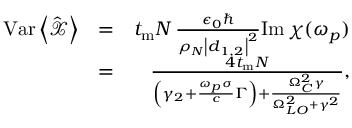
\begin{array} { r l r } { \mathrm { V a r } \left< \hat { \mathcal X } \right> } & { = } & { t _ { \mathrm { m } } N \, \frac { \epsilon _ { 0 } \hbar } { \rho _ { N } \left| \boldsymbol d _ { 1 , 2 } \right| ^ { 2 } } \mathrm { I m } \, \chi ( \omega _ { p } ) } \\ & { = } & { \frac { 4 t _ { \mathrm { m } } N } { \left( \gamma _ { 2 } + \frac { \omega _ { p } \sigma } { c } \Gamma \right) + \frac { \Omega _ { C } ^ { 2 } \gamma } { \Omega _ { L O } ^ { 2 } + \gamma ^ { 2 } } } , } \end{array}